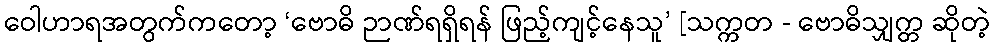
ဝေါဟာရအတွက်ကတော့ ‘ဗောဓိ ဉာဏ်ရရှိရန် ဖြည့်ကျင့်နေသူ’ [သက္ကတ - ဗောဓိသျှက္တ ဆိုတဲ့